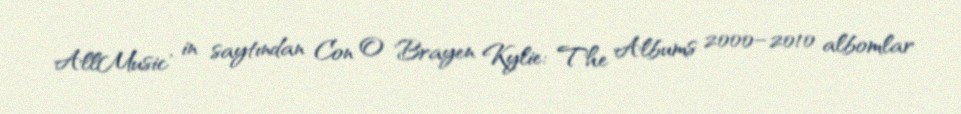
AllMusic' in saytından Con O 'Brayen Kylie: The Albums 2000–2010 albomlar